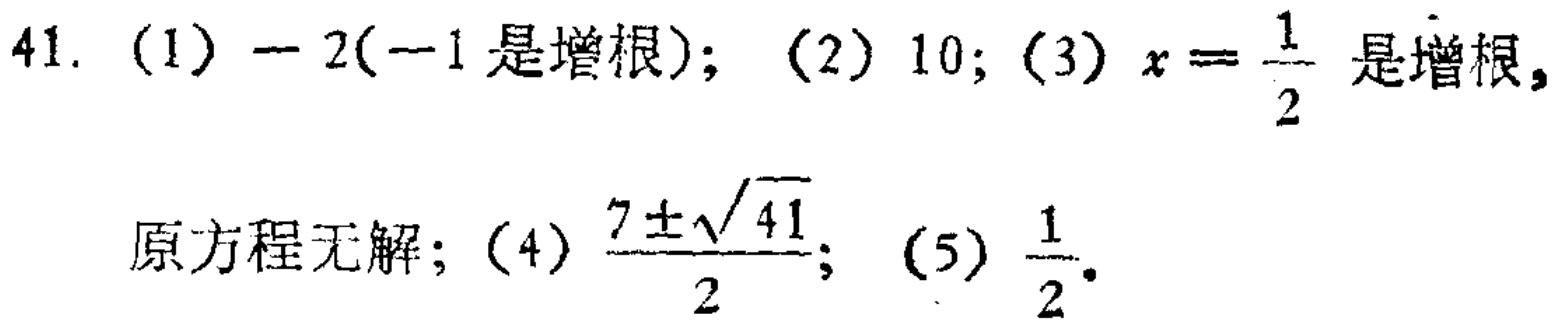
41. (1) $-2(-1\text{是增根})$; (2) $10$; (3) $x = \frac{1}{2}$是增根,
原方程无解; (4) $\frac{7\pm\sqrt{41}}{2}$; (5) $\frac{1}{2}$.